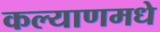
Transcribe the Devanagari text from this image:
कल्याणमधे